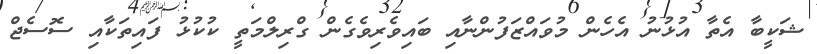
ޝަކީބާ އެތާ އުޅުނު އެހެން މުވައްޒަފުންނާއި ބައިވެރިވެގެން ގްރިލްމަތީ ކުކުޅު ފައިތަކާއި ސޮސެޖް